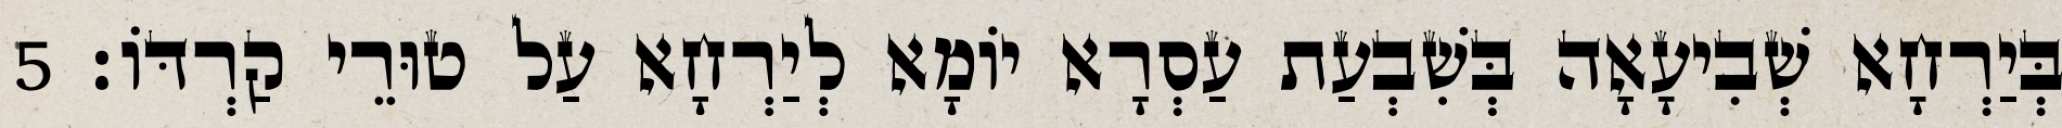
בְּיַרְחָא שְׁבִיעָאָה בְּשִׁבְעַת עַסְרָא יוֹמָא לְיַרְחָא עַל טוּרֵי קַרְדּוֹ׃ 5